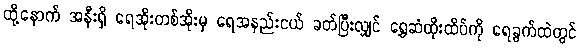
ထို့နောက် အနီးရှိ ရေအိုးတစ်အိုးမှ ရေအနည်းငယ် ခတ်ပြီးလျှင် ရွှေဆံထိုးထိပ်ကို ရေခွက်ထဲတွင်